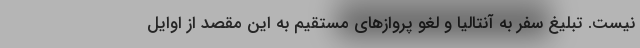
نیست. تبلیغ سفر به آنتالیا و لغو پروازهای مستقیم به این مقصد از اوایل